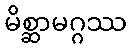
မိစ္ဆာမဂ္ဂဿ